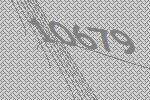
10679